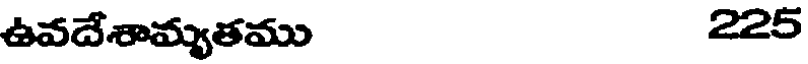
ఉవదేశామ్యతము 225